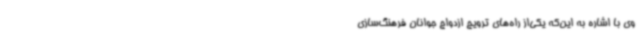
وی با اشاره به این‌که یکی‌از راه‌های ترویج ازدواج جوانان فرهنگ‌سازی